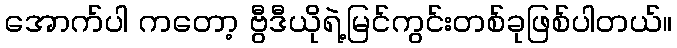
အောက်ပါ ကတော့ ဗွီဒီယိုရဲ့မြင်ကွင်းတစ်ခုဖြစ်ပါတယ်။